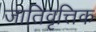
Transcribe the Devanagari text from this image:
जातिवृत्तिक